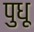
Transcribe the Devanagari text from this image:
पुधू